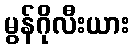
မွန်ဂိုလီးယား